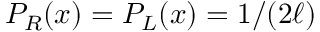
P _ { R } ( x ) = P _ { L } ( x ) = 1 / ( 2 \ell )